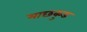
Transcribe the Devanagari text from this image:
माछकुड